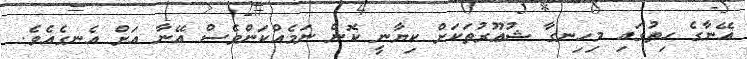
އޭނާގެ ހިތުގައި މިހިނގާ ޝުޢޫރުތަކަށް ކިޔާނީ ކޮން ނަމެއްކަންވެސް އޭނާ އަށް އެނގެއެވެ.